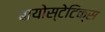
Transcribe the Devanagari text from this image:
बायोस्टेटिक्स